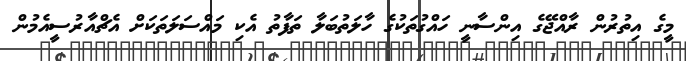
މީގެ އިތުރުން ރާއްޖޭގެ އިންސާނީ ހައްގުތަކުގެ ހާލަތުބަލާ ތަފާތު އެކި މައްސަލަތަކަށް އެޗްއާރުސީއެމުން